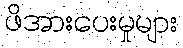
ဖိအားပေးမှုများ